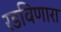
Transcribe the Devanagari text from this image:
रडविणारा